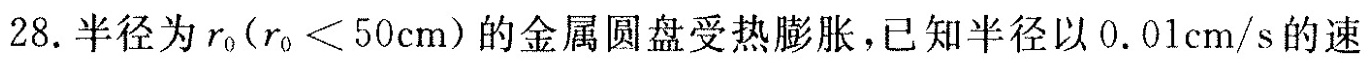
28.半径为r_{0}($$r_{0}<50cm$$)的金属圆盘受热膨胀，已知半径以0.01cm/s的速